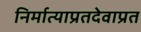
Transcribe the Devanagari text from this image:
निर्मात्याप्रतदेवाप्रत